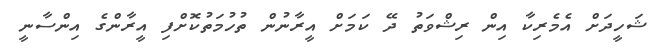
ޝަހީދަށް އެމެރިކާ އިން ރިޝްވަތު ދޭ ކަމަށް އީރާނުން ތުހުމަތުކޮށްފި އީރާންގެ އިންސާނީ